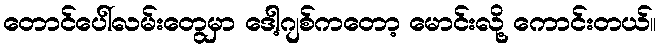
တောင်ပေါ်လမ်းတွေမှာ ဒေါ့ဂျစ်ကတော့ မောင်းလို့ ကောင်းတယ်။